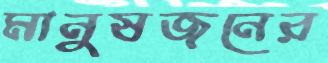
মানুষজনের